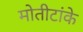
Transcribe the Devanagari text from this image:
मोतीटांके